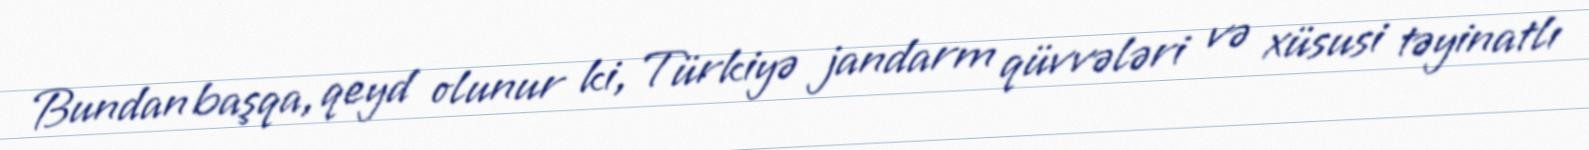
Bundan başqa, qeyd olunur ki, Türkiyə jandarm qüvvələri və xüsusi təyinatlı